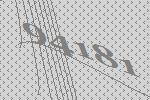
94181